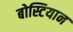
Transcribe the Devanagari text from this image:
बोस्टियान